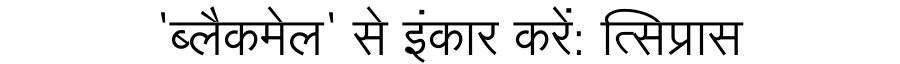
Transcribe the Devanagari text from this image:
'ब्लैकमेल' से इंकार करें: त्सिप्रास